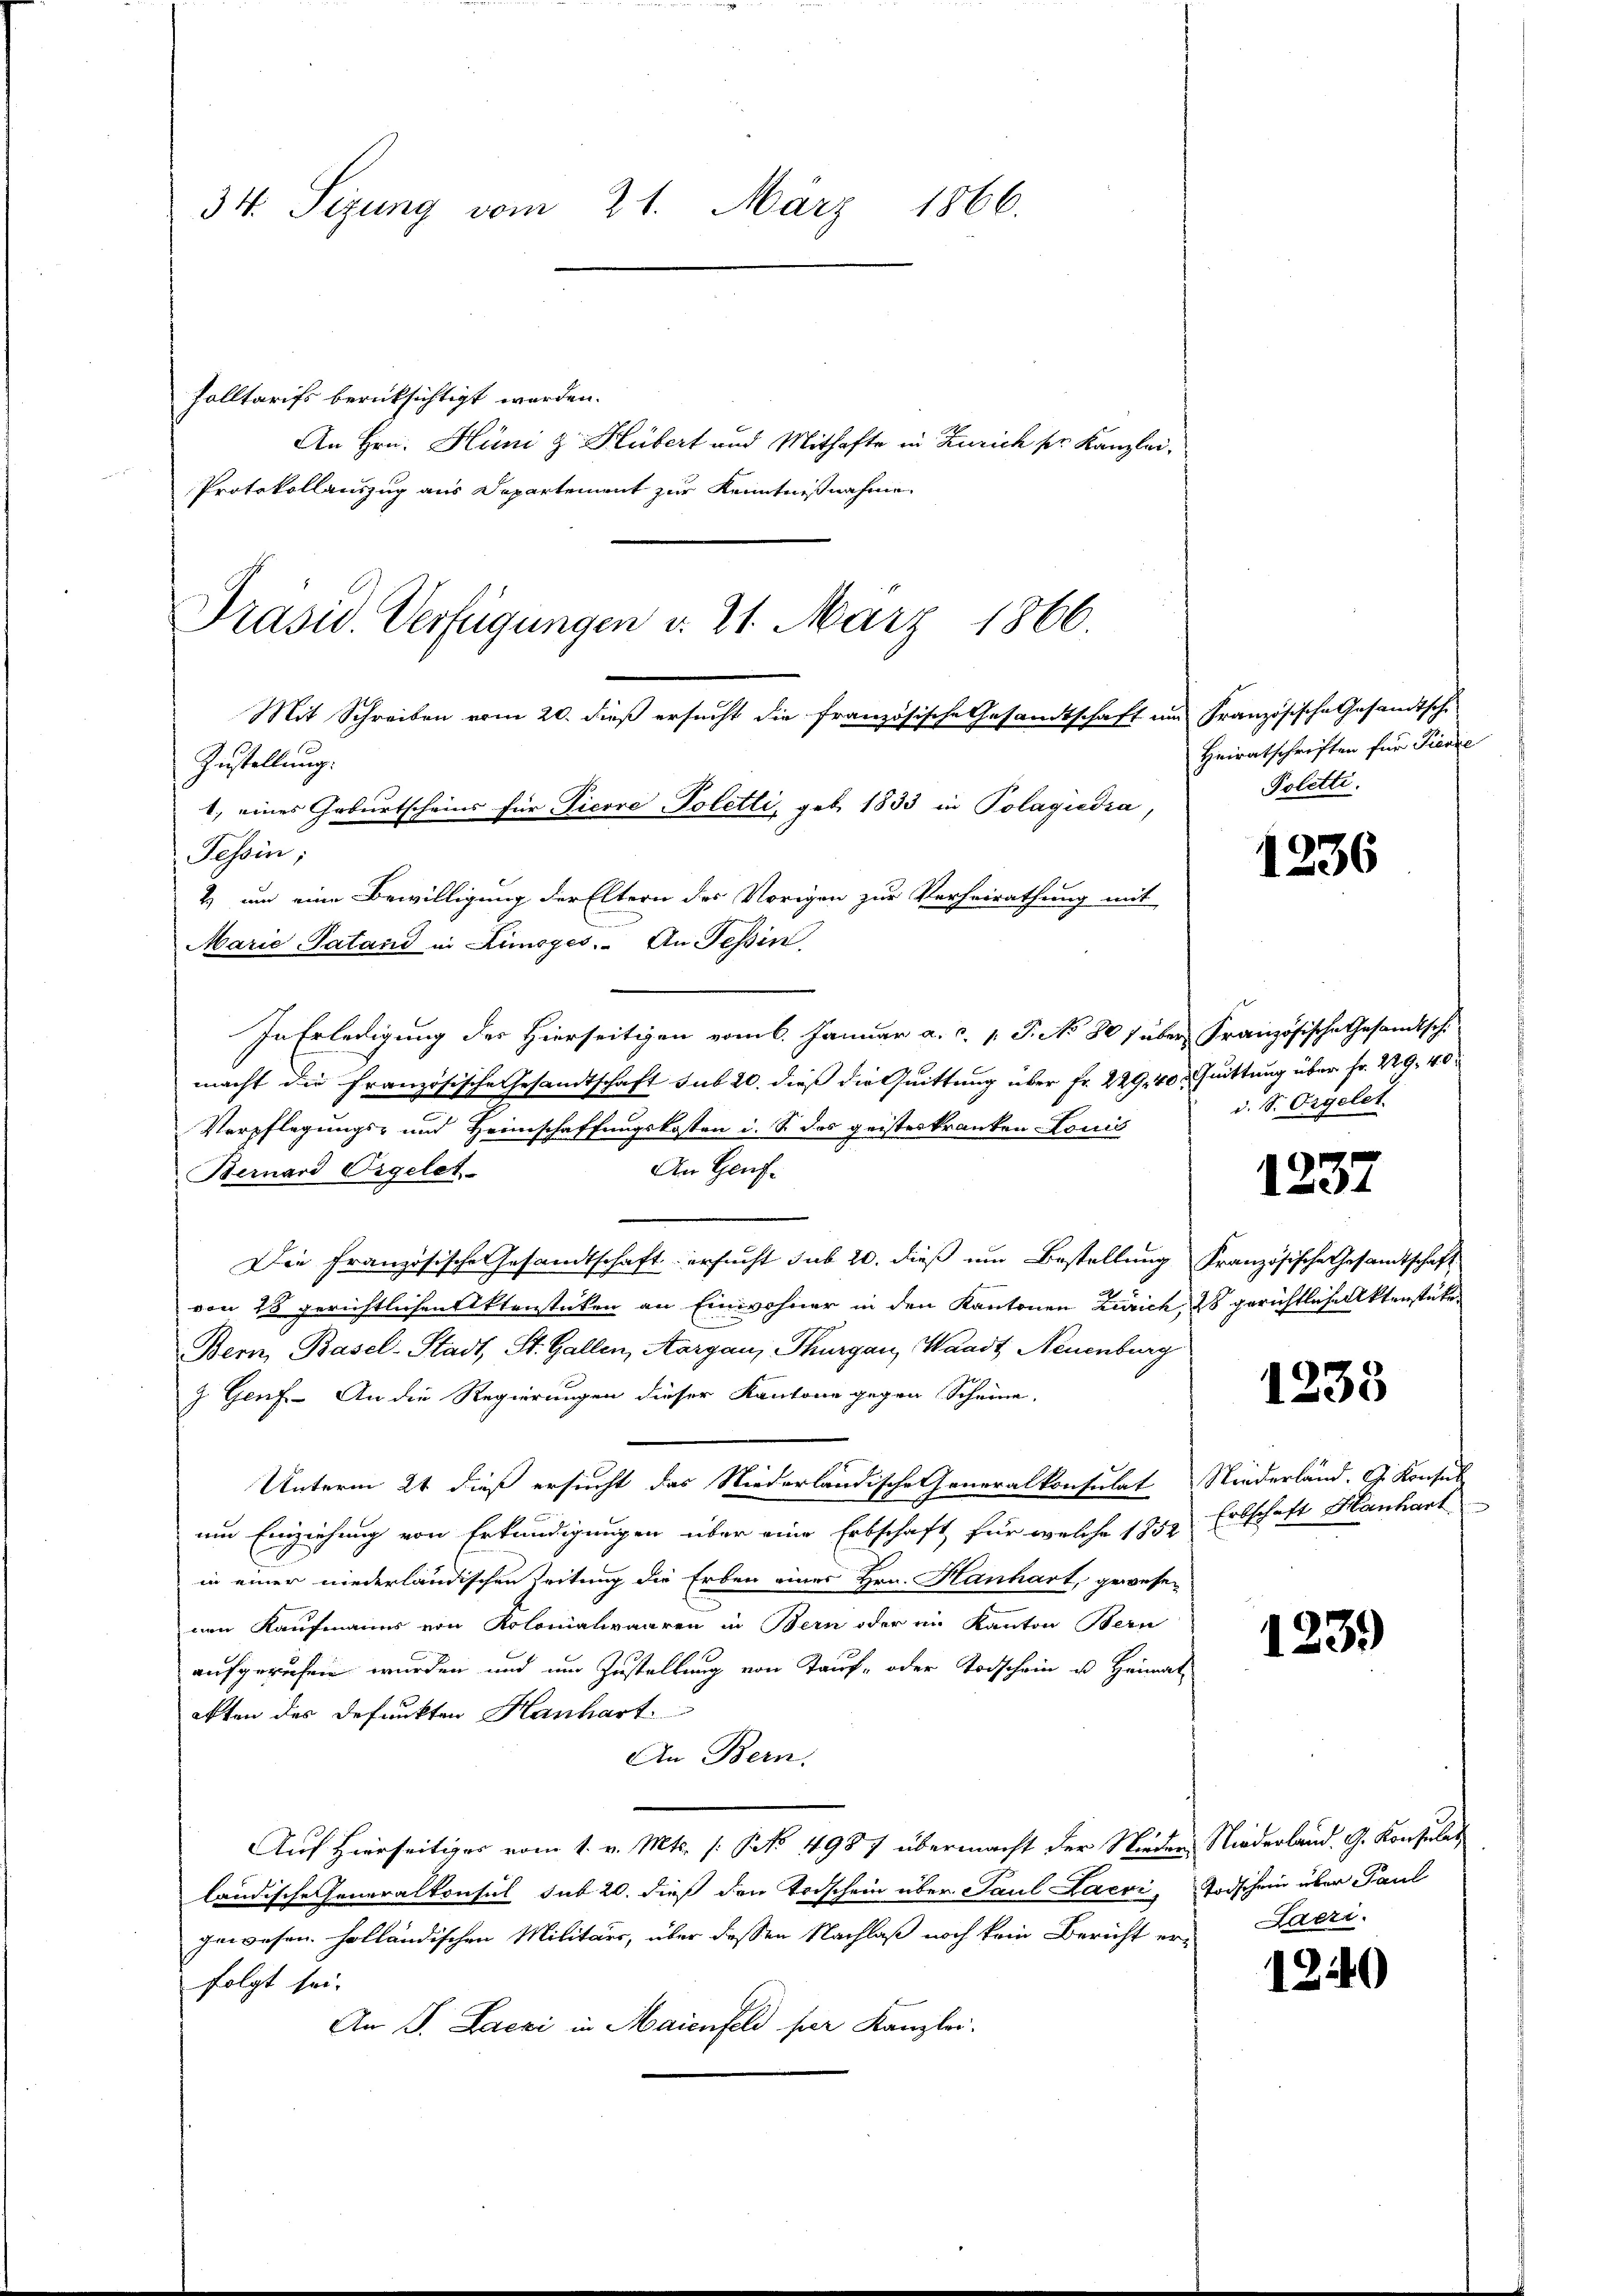
34. Sizung vom 21. März 1866.

solltarifs berücksichtigt worden.
An Hrn. Hüni & Hübert und Mithafte in Zürich sr. Kanzlei,
Protokollauszug aus Departement zur Kenntnißnahme

Präsid. Verfügungen v. 21. März 1866.
Mit Schreiben vom 20. dieß ersucht die französische Gesandtschaft um Französische Gesandtsche

Zustellung.
1., eines Geburtscheins für Ticore Poletti, geb. 1833 in Polagidia,
Tessin;
2.) um eine Bewilligung der Eltern des Vorigen zur Verheirathung mit
Marie Patand in Kinoges. An Tessin
In Erledigung des Hierseitigen vom 6. Januar a. c. p. P. No 807 über Französische Gesamtsch
macht die französische Gesandtschaft sub 20. dieß die Quittung über Fr. 229, 40  Quittung über Fr. 229. 40
Verpflegungs- und Heimschaffungskosten i. S. das geisteskranken-Lonis
An Genf¬
Bernard Eigelet
Die Französische Gesandtschaft ersucht sub 20. dieß um Bestellung französische Gesamtschaft
von 18 gerichtlichen Aktenstücken an Einwohner in den Kantonen Zürich, 2 gerichtliche Aktenstücke
Bern, Basel-Stadt, St. Gallen, Aargau, Thurgau, Waadt Neuenburg
g. Genf. An die Regierungen dieser Kantone gegen Scheine,
Unterm 21 dieß ersucht das Niederländische Generalkonsulat Niederland. G. Konsul
um Einziehung von Erkundigungen über eine Erbschaft für welche 1832. Erbschaft Hanhart
in einer niederländischen Zeitung die Erben eines Hrn. Hanhart, gewesenen Kaufmanns von Kolomatiraaren in Bern oder im Kanton Bern
aufgerufen wurden und um Zustellung von Tauf- oder Todschein u. Heimat
akten des defunkten Hanhart
An Bern.
Auf Hierseitiger vom 1. v. Mts. (: No 4987 übermacht der Nieder Niederland. G. Konsulat
ländische Generalkonsul sub 20. dieß den Todschein über Paul Lacri, Todschein über Paul
gewesen. Holländischen Militärs, über dessen Nachlaß noch kein Bericht erfolgt sei.
An J. Laczi in Maienfeld per Kanzlei.

Heiratschriften für Pienze
Poletti.

1236

d. S. Orgelet

1237

1233

123.)

Laeri.

120